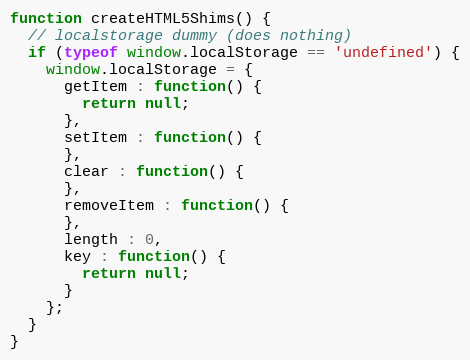
Language: JavaScript
function createHTML5Shims() {
  // localstorage dummy (does nothing)
  if (typeof window.localStorage == 'undefined') {
    window.localStorage = {
      getItem : function() {
        return null;
      },
      setItem : function() {
      },
      clear : function() {
      },
      removeItem : function() {
      },
      length : 0,
      key : function() {
        return null;
      }
    };
  }
}